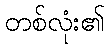
တစ်လုံး၏